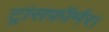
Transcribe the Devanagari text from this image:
ट्रांसफ़ॉर्मर।